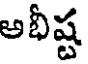
అభీష్ట